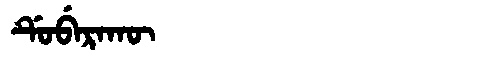
Manchu: ᡩᡠᠪᡝᡵᠠᡴᡡ
Romanization: DUBERAKŪ